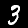
Digit: 3